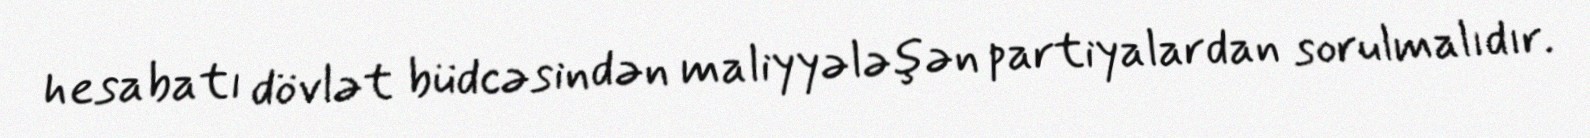
hesabatı dövlət büdcəsindən maliyyələşən partiyalardan sorulmalıdır.